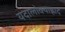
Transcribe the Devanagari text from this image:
यदालोक्याह्लादं